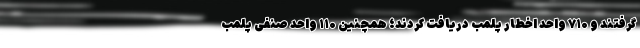
گرفتند و ۷۱۰ واحد اخطار پلمب دریافت کردند؛ همچنین ۱۱۰ واحد صنفی پلمب